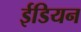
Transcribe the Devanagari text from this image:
ईडियन